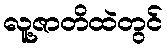
လူ့ဇာတိထဲတွင်